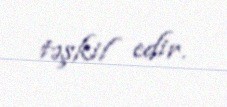
təşkil edir.